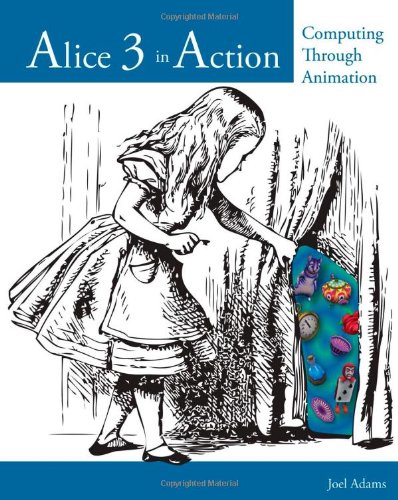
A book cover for Alice 3 in Action: Computing Through Animation; Joel Adams; Computers & Technology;